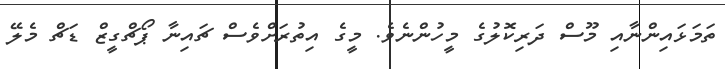
ތަމަޅައިންނާއި މޫސް ދަރިކޮލުގެ މީހުންނެވެ. މީގެ އިތުރަށްވެސް ޗައިނާ ޕޯޗްގީޒް ޑަޗް މެލޭ